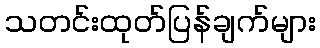
သတင်းထုတ်ပြန်ချက်များ